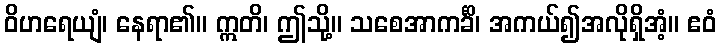
ဝိဟရေယျံ၊ နေရာ၏။ ဣတိ၊ ဤသို့။ သစေအာကင်္ခိ၊ အကယ်၍အလိုရှိအံ့။ ဧဝံ